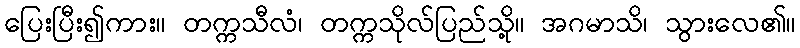
ပြေးပြီး၍ကား။ တက္ကသီလံ၊ တက္ကသိုလ်ပြည်သို့။ အဂမာသိ၊ သွားလေ၏။